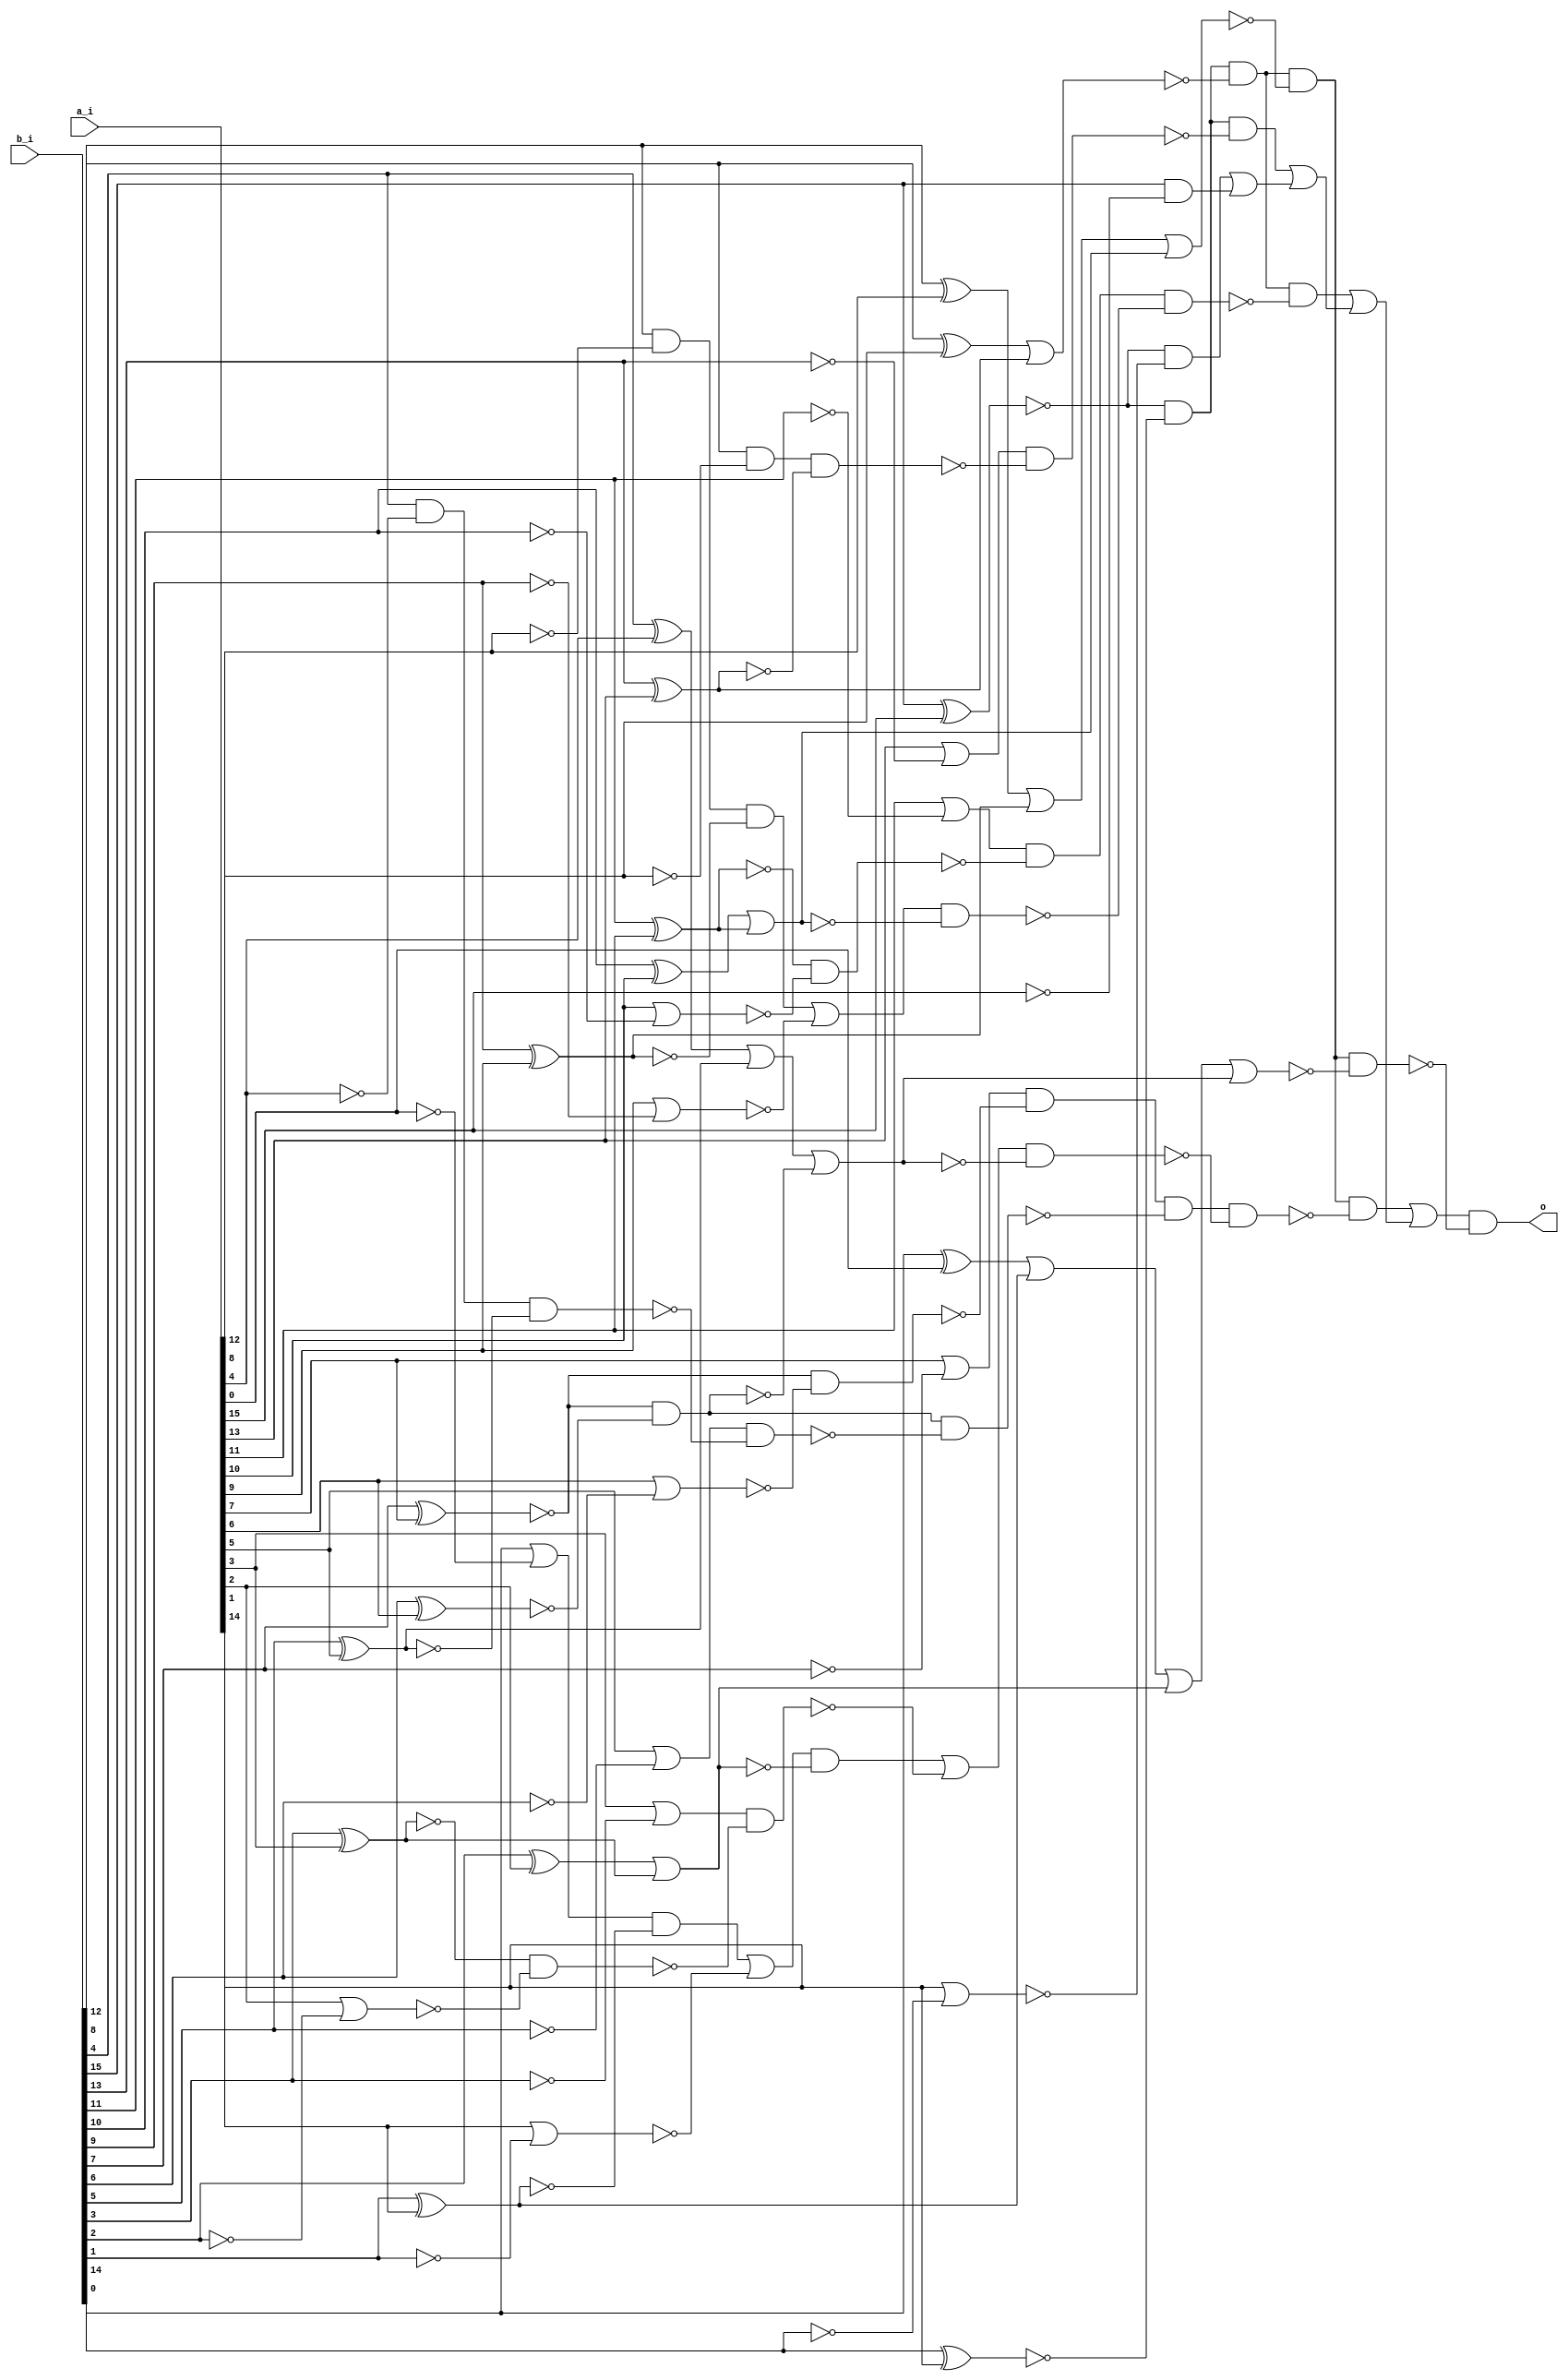
// This program was cloned from: https://github.com/chipsalliance/synlig
// License: Apache License 2.0

/* Generated by Yosys 0.27+9 (git sha1 101d19bb6, gcc 11.2.0-7ubuntu2 -fPIC -Os) */

(* top =  1  *)

module bsg_less_than(a_i, b_i, o);
  wire _000_;
  wire _001_;
  wire _002_;
  wire _003_;
  wire _004_;
  wire _005_;
  wire _006_;
  wire _007_;
  wire _008_;
  wire _009_;
  wire _010_;
  wire _011_;
  wire _012_;
  wire _013_;
  wire _014_;
  wire _015_;
  wire _016_;
  wire _017_;
  wire _018_;
  wire _019_;
  wire _020_;
  wire _021_;
  wire _022_;
  wire _023_;
  wire _024_;
  wire _025_;
  wire _026_;
  wire _027_;
  wire _028_;
  wire _029_;
  wire _030_;
  wire _031_;
  wire _032_;
  wire _033_;
  wire _034_;
  wire _035_;
  wire _036_;
  wire _037_;
  wire _038_;
  wire _039_;
  wire _040_;
  wire _041_;
  wire _042_;
  wire _043_;
  wire _044_;
  wire _045_;
  wire _046_;
  wire _047_;
  wire _048_;
  wire _049_;
  wire _050_;
  wire _051_;
  wire _052_;
  wire _053_;
  wire _054_;
  wire _055_;
  wire _056_;
  wire _057_;
  wire _058_;
  wire _059_;
  wire _060_;
  wire _061_;
  wire _062_;
  wire _063_;
  wire _064_;
  wire _065_;
  wire _066_;
  wire _067_;
  wire _068_;
  wire _069_;
  wire _070_;
  wire _071_;
  wire _072_;
  wire _073_;
  wire _074_;
  wire _075_;
  wire _076_;
  
  input [15:0] a_i;
  wire [15:0] a_i;
  
  input [15:0] b_i;
  wire [15:0] b_i;
  
  output o;
  wire o;
  assign _011_ = b_i[15] & ~(a_i[15]);
  assign _012_ = ~(b_i[15] ^ a_i[15]);
  assign _013_ = a_i[14] | ~(b_i[14]);
  assign _014_ = _012_ & ~(_013_);
  assign _015_ = _014_ | _011_;
  assign _016_ = b_i[14] ^ a_i[14];
  assign _017_ = _012_ & ~(_016_);
  assign _018_ = a_i[13] | ~(b_i[13]);
  assign _019_ = b_i[13] ^ a_i[13];
  assign _020_ = b_i[12] & ~(a_i[12]);
  assign _021_ = _020_ & ~(_019_);
  assign _022_ = _018_ & ~(_021_);
  assign _023_ = _017_ & ~(_022_);
  assign _024_ = _023_ | _015_;
  assign _025_ = b_i[12] ^ a_i[12];
  assign _026_ = _025_ | _019_;
  assign _027_ = _017_ & ~(_026_);
  assign _028_ = a_i[11] | ~(b_i[11]);
  assign _029_ = ~(b_i[11] ^ a_i[11]);
  assign _030_ = a_i[10] | ~(b_i[10]);
  assign _031_ = _029_ & ~(_030_);
  assign _032_ = _028_ & ~(_031_);
  assign _033_ = b_i[10] ^ a_i[10];
  assign _034_ = _033_ | ~(_029_);
  assign _035_ = a_i[9] | ~(b_i[9]);
  assign _036_ = b_i[9] ^ a_i[9];
  assign _037_ = b_i[8] & ~(a_i[8]);
  assign _038_ = _037_ & ~(_036_);
  assign _039_ = _038_ | ~(_035_);
  assign _040_ = _039_ & ~(_034_);
  assign _041_ = _032_ & ~(_040_);
  assign _042_ = _027_ & ~(_041_);
  assign _043_ = _042_ | _024_;
  assign _044_ = b_i[8] ^ a_i[8];
  assign _045_ = _044_ | _036_;
  assign _046_ = _045_ | _034_;
  assign _047_ = _027_ & ~(_046_);
  assign _048_ = a_i[7] | ~(b_i[7]);
  assign _049_ = ~(b_i[7] ^ a_i[7]);
  assign _050_ = a_i[6] | ~(b_i[6]);
  assign _051_ = _049_ & ~(_050_);
  assign _052_ = _048_ & ~(_051_);
  assign _053_ = b_i[6] ^ a_i[6];
  assign _054_ = _049_ & ~(_053_);
  assign _055_ = a_i[5] | ~(b_i[5]);
  assign _056_ = b_i[5] ^ a_i[5];
  assign _057_ = b_i[4] & ~(a_i[4]);
  assign _058_ = _057_ & ~(_056_);
  assign _059_ = _055_ & ~(_058_);
  assign _060_ = _054_ & ~(_059_);
  assign _061_ = _052_ & ~(_060_);
  assign _062_ = b_i[4] ^ a_i[4];
  assign _063_ = _062_ | _056_;
  assign _064_ = _063_ | ~(_054_);
  assign _065_ = a_i[3] | ~(b_i[3]);
  assign _066_ = ~(b_i[3] ^ a_i[3]);
  assign _067_ = a_i[2] | ~(b_i[2]);
  assign _068_ = _066_ & ~(_067_);
  assign _069_ = _065_ & ~(_068_);
  assign _070_ = b_i[2] ^ a_i[2];
  assign _071_ = _070_ | ~(_066_);
  assign _072_ = a_i[1] | ~(b_i[1]);
  assign _073_ = b_i[1] ^ a_i[1];
  assign _074_ = b_i[0] | ~(a_i[0]);
  assign _075_ = _074_ & ~(_073_);
  assign _076_ = _075_ | ~(_072_);
  assign _000_ = _076_ & ~(_071_);
  assign _001_ = _000_ | ~(_069_);
  assign _002_ = _001_ & ~(_064_);
  assign _003_ = _061_ & ~(_002_);
  assign _004_ = _047_ & ~(_003_);
  assign _005_ = _004_ | _043_;
  assign _006_ = b_i[0] ^ a_i[0];
  assign _007_ = _006_ | _073_;
  assign _008_ = _007_ | _071_;
  assign _009_ = _008_ | _064_;
  assign _010_ = _047_ & ~(_009_);
  assign o = _005_ & ~(_010_);
endmodule